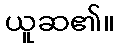
ယူဆ၏။